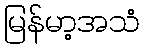
မြန်မာ့အသံ